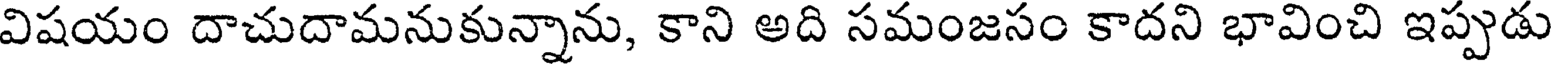
విషయం దాచుదామనుకున్నాను, కాని అది సమంజసం కాదని భావించి ఇప్పుడు